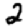
Digit: 2